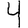
Digit: 4